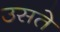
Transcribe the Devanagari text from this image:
उसते